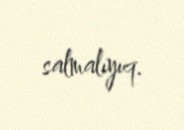
salmalıyıq.